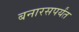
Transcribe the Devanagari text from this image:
बनारसपर्यंत